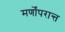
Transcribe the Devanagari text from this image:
मर्णोंपरान्त